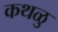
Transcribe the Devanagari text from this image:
कथळु